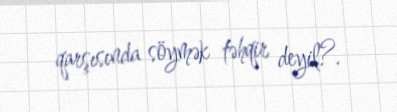
qarşısında söymək təhqir deyil?.